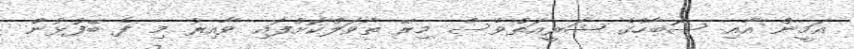
އަމީން އާއި ސޮބާހްގެ ޝަރީއަތްވެސް މިރޭ ތާވަލްކޮށްފައި ވާއިރު މި ފެ ބޭފުޅުން